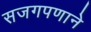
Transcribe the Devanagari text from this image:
सजगपणाने